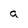
Character: a